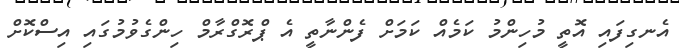
އެނގިފައި އޮތީ މުހިންމު ކަމެއް ކަމަށް ފެންނާތީ އެ ޕްރޮގްރާމް ހިންގެވުމުގައި އިސްކޮށް